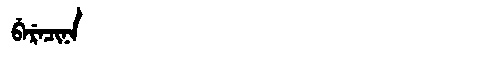
Manchu: ᠪᡝᡵᡝᠴᡳᠨᠠ
Romanization: BERECINA